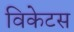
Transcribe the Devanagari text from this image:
विकेटस